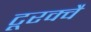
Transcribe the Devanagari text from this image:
टूरक्वै